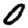
Digit: 0